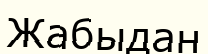
Жабыдан